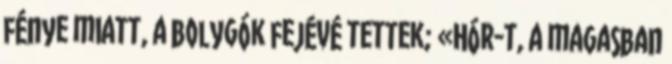
fénye miatt, a bolygók fejévé tettek; «Hór-t, a magasban